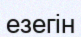
езегін